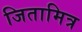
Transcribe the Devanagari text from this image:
जितामित्र